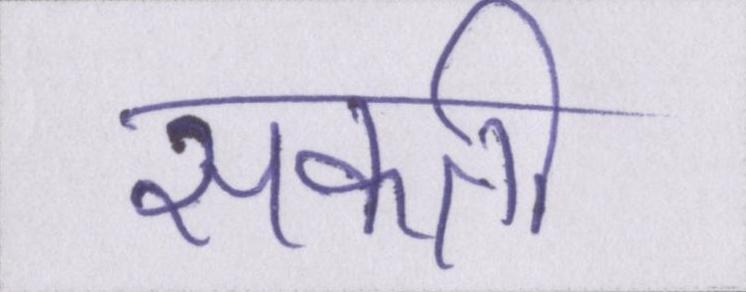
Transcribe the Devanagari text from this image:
सकती